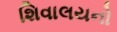
શિવાલયનો